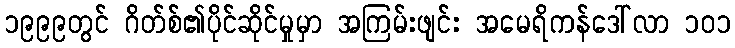
၁၉၉၉တွင် ဂိတ်စ်၏ပိုင်ဆိုင်မှုမှာ အကြမ်းဖျင်း အမေရိကန်ဒေါ်လာ ၁၀၁